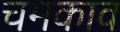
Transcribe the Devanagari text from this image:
चमकाव